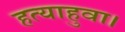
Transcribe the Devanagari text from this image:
हत्याहुवा।